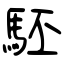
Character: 駓